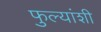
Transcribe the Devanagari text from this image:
फुल्यांशी